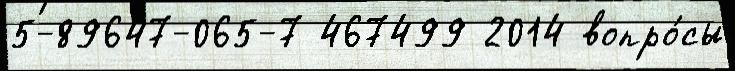
5-89647-065-7 467499 2014 вопро́сы